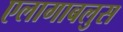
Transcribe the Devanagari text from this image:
एलागाबलुस